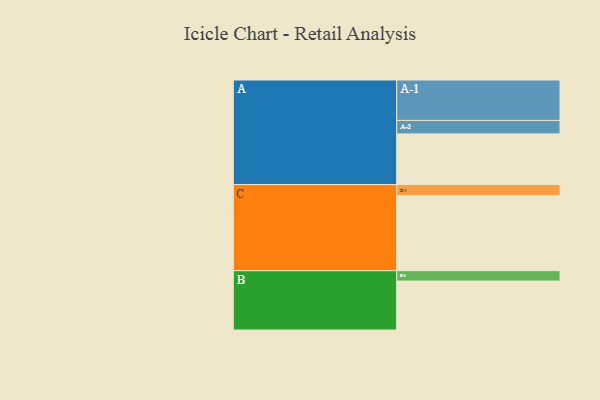
{"axis": {"x": "Segment", "y": "Value"}, "legend": ["", "A", "B", "C"], "data": [{"x": "A", "y": 316, "type": ""}, {"x": "B", "y": 305, "type": ""}, {"x": "C", "y": 468, "type": ""}, {"x": "A-1", "y": 252, "type": "A"}, {"x": "A-2", "y": 84, "type": "A"}, {"x": "B-1", "y": 65, "type": "B"}, {"x": "C-1", "y": 69, "type": "C"}]}